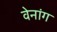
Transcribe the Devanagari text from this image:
वेनांग